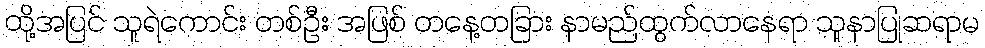
ထို့အပြင် သူရဲကောင်း တစ်ဦး အဖြစ် တနေ့တခြား နာမည်ထွက်လာနေရာ သူနာပြုဆရာမ